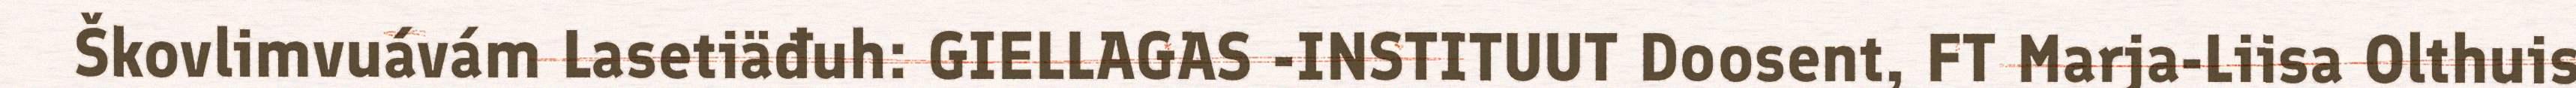
Škovlimvuávám Lasetiäđuh: GIELLAGAS -INSTITUUT Doosent, FT Marja-Liisa Olthuis